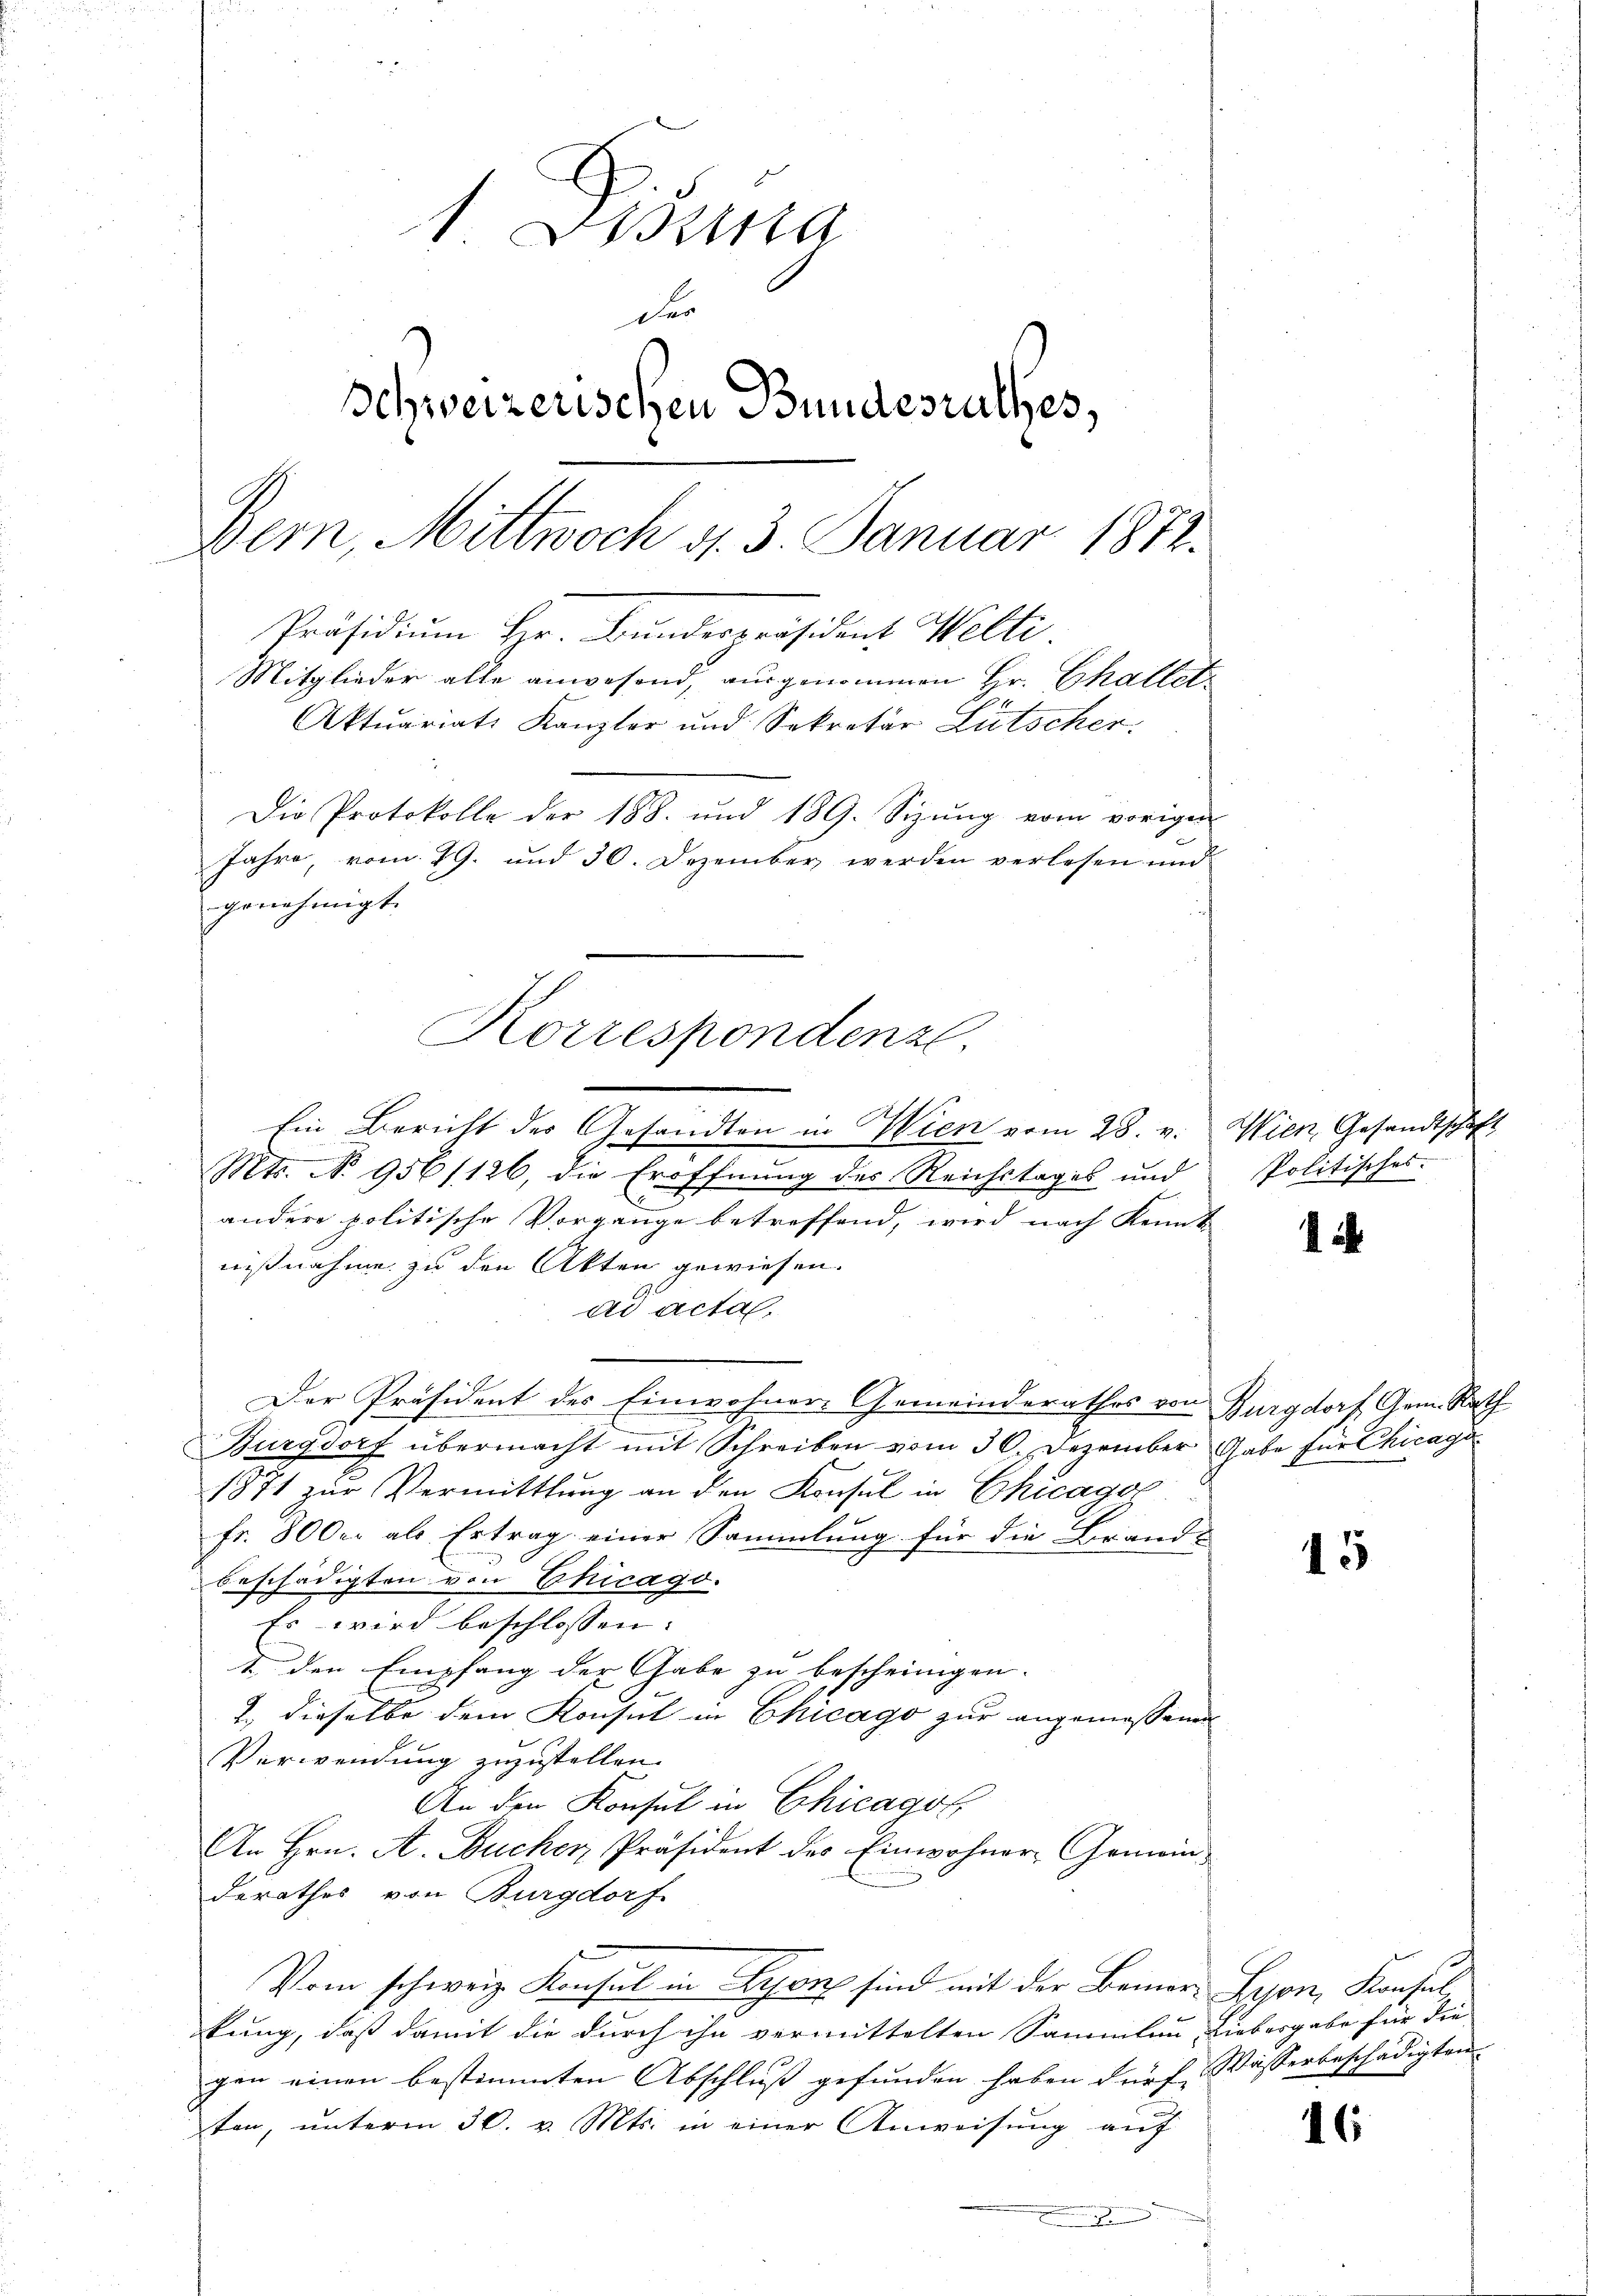
Korrespondenzl

1 Disena
4
Schweizerischen Bundesrathes,
Bern, Mittwoch d. 3. Januar 1872.
Präsidium Hr. Bundespräsident Welti.
Mitglieder alle anwesend, ausgenommen Hr. Challet
Aktuariats Kanzler und Sekretär Lütscher.
Die Protokolle der 188. und 189. Sizŭng vom vorigen
Jahre, vom 29. und 30. Dezember werden verlesen und
genehmigt.

Ein Bericht des Gesandten in Wien vom 28. v.
Mts. No. 956/126, die Eröffnung des Reichstages und
andere politische Vorgange betreffend, wird nach Kennt
nißnahme zu den Akten gewiesen.
ad acta.
Der Präsident des Einwohner-Gemeinderathes von Burgdorf Gem. Rath
Burgdorf übermacht mit Schreiben vom 30. Dezember Gabe für Chicaga.
1871 zur Vermittlung an den Konsul in Chicagor
fr. 800 er als Ertrag einer Sammlung für die Brands
beschädigten von Chicago.
Es wird beschlossen:
t den Empfang der Gabe zu bescheinigen.
2., dieselbe dem Konsul in Chicago zur angemeßenen
Verwendung zuzustellen.
An den Konsul in Chicagot
An Hrn. A. Buchen Präsident des Einwohner-Gemeinderathes von Burgdorf
Vom schweiz. Konsul in Lyon sind mit der Bemer-Poson, Konsul
kung, daß damit die durch ihn vermittelten Sammlen Liebergabe für die
gen einen bestimmten Abschluß gefunden haben dürf. Wasserbeschädigten
ten, unterm 30. v. Mts. in einer Anweisung auf
.

Wien, Gesandtschaft
Politisches.

15

16